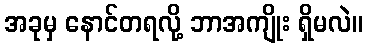
အခုမှ နောင်တရလို့ ဘာအကျိုး ရှိမလဲ။